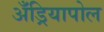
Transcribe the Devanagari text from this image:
अँड्रियापोल